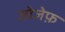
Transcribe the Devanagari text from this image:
जोजेफ़